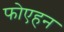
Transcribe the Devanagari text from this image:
फोएहन